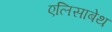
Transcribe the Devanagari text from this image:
एलिसाबेथ